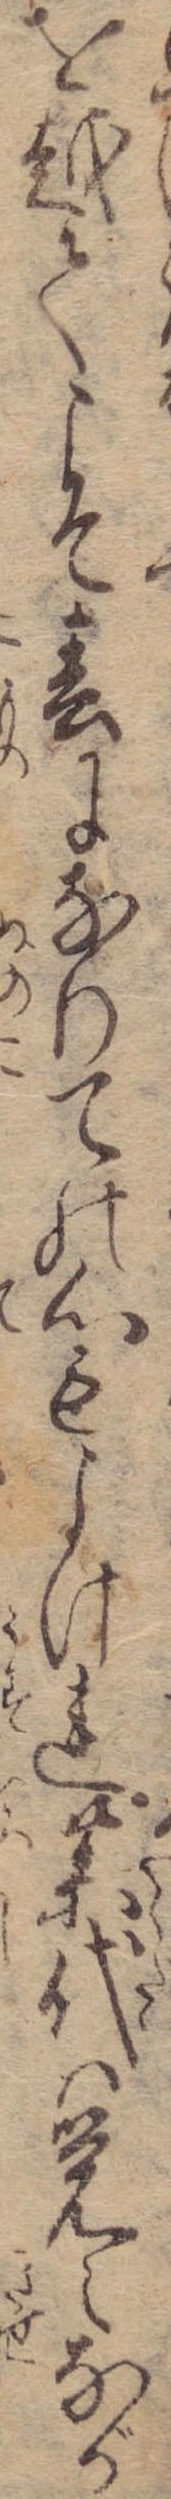
を越てこそ春になりての心もよけれ薬代は覚えなが